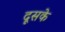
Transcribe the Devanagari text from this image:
दूसके